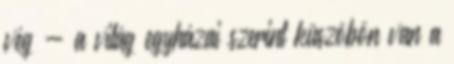
vég - a világ egyházai szerint küszöbön van a